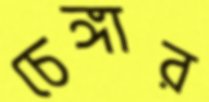
চেঙ্গার